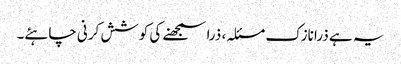
یہ ہے ذرا نازک مسئلہ، ذرا سمجھنے کی کوشش کرنی چاہئے۔